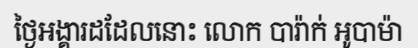
ថ្ងៃអង្គារដដែលនោះ លោក បារ៉ាក់ អូបាម៉ា